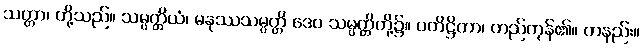
သတ္တာ၊ တို့သည်။ သမ္ပတ္တိယံ၊ မနုဿသမ္ပတ္တိ ဒေဝ သမ္ပတ္တိတို့၌။ ပတိဋ္ဌိတာ၊ တည်ကုန်၏။ တနည်း။